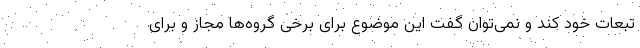
تبعات خود کند و نمی‌توان گفت این موضوع برای برخی گروه‌ها مجاز و برای